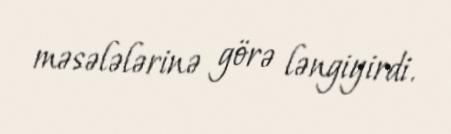
məsələlərinə görə ləngiyirdi.